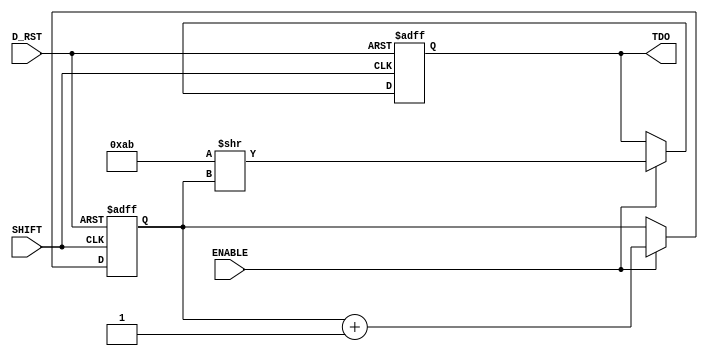
`timescale 1ns / 1ps
//////////////////////////////////////////////////////////////////////////////////
// Company: 
// Engineer: 
// 
// Design Name: 
// Module Name:    device_id 
// Project Name: 
// Target Devices: 
// Tool versions: 
// Description: 
//
// Dependencies: 
//
// Revision: 
// Revision 0.01 - File Created
// Additional Comments: 
//
//////////////////////////////////////////////////////////////////////////////////
module device_id(
    input SHIFT,
    input ENABLE,
	 input D_RST,
    output reg TDO
    );
	 
	 wire [7:0] ID_REG;
	 reg 	[2:0] counter;
	 
	 assign ID_REG = 8'hAB;
	 //assign TDO = ID_REG[counter];
	 
	 always @(posedge SHIFT or negedge D_RST) begin
		if (~D_RST) begin
			TDO <= 1'b0;
			counter <= 3'b0;
			//ID_REG <= 32'hABCD12FF;
		end
		
		else begin
			if (ENABLE) begin
				TDO <= ID_REG >> counter;
				counter <= counter + 1;
			end
		end
	 end


endmodule